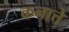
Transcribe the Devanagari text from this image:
कनात्ते